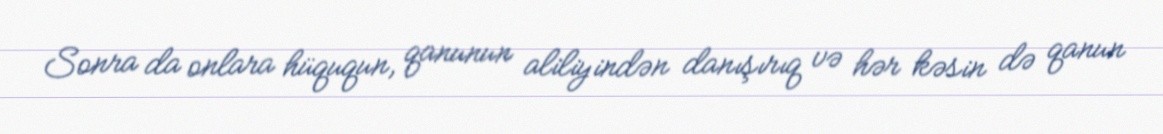
Sonra da onlara hüququn, qanunun aliliyindən danışırıq və hər kəsin də qanun